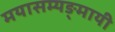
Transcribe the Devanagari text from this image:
मयासम्यङ्मायी